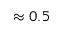
\approx 0 . 5